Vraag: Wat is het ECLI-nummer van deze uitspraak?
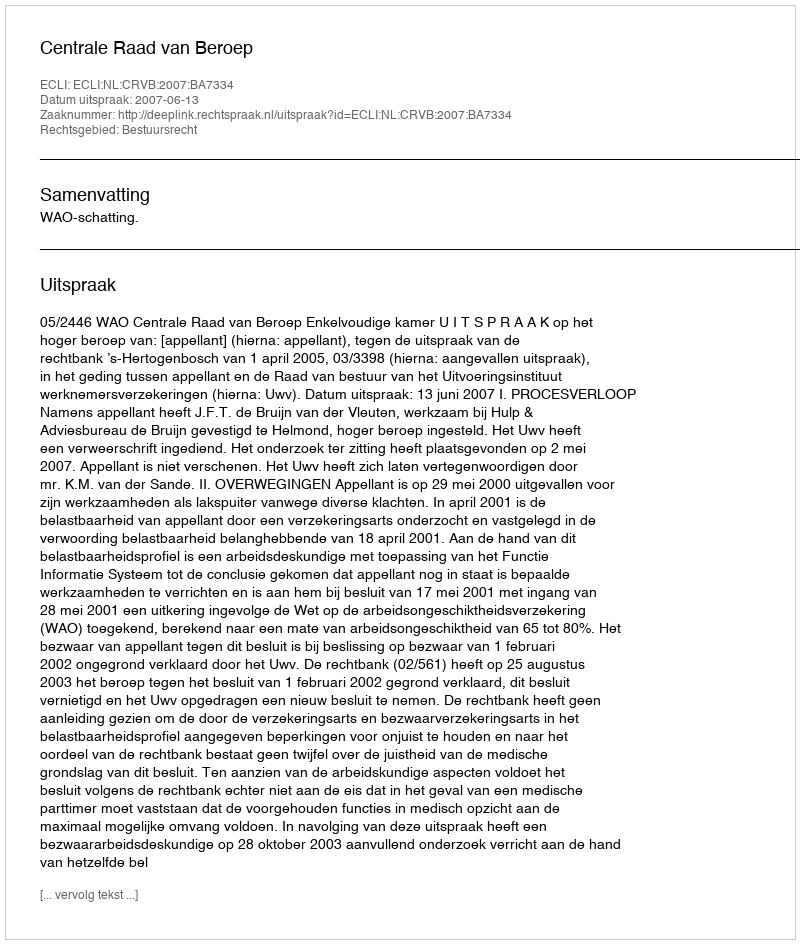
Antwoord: ECLI:NL:CRVB:2007:BA7334